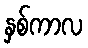
နှစ်ကာလ